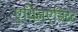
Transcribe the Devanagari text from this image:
एथिलऐसिटेट